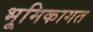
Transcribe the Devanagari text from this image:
भूमिकागत